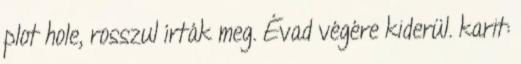
plot hole, rosszul írták meg. Évad végére kiderül. karit: